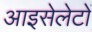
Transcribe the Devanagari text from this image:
आइसेलेटों